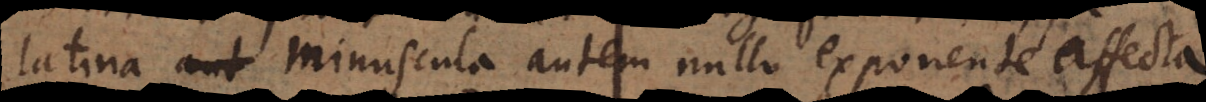
latina minuscula autem nullo exponente affecta